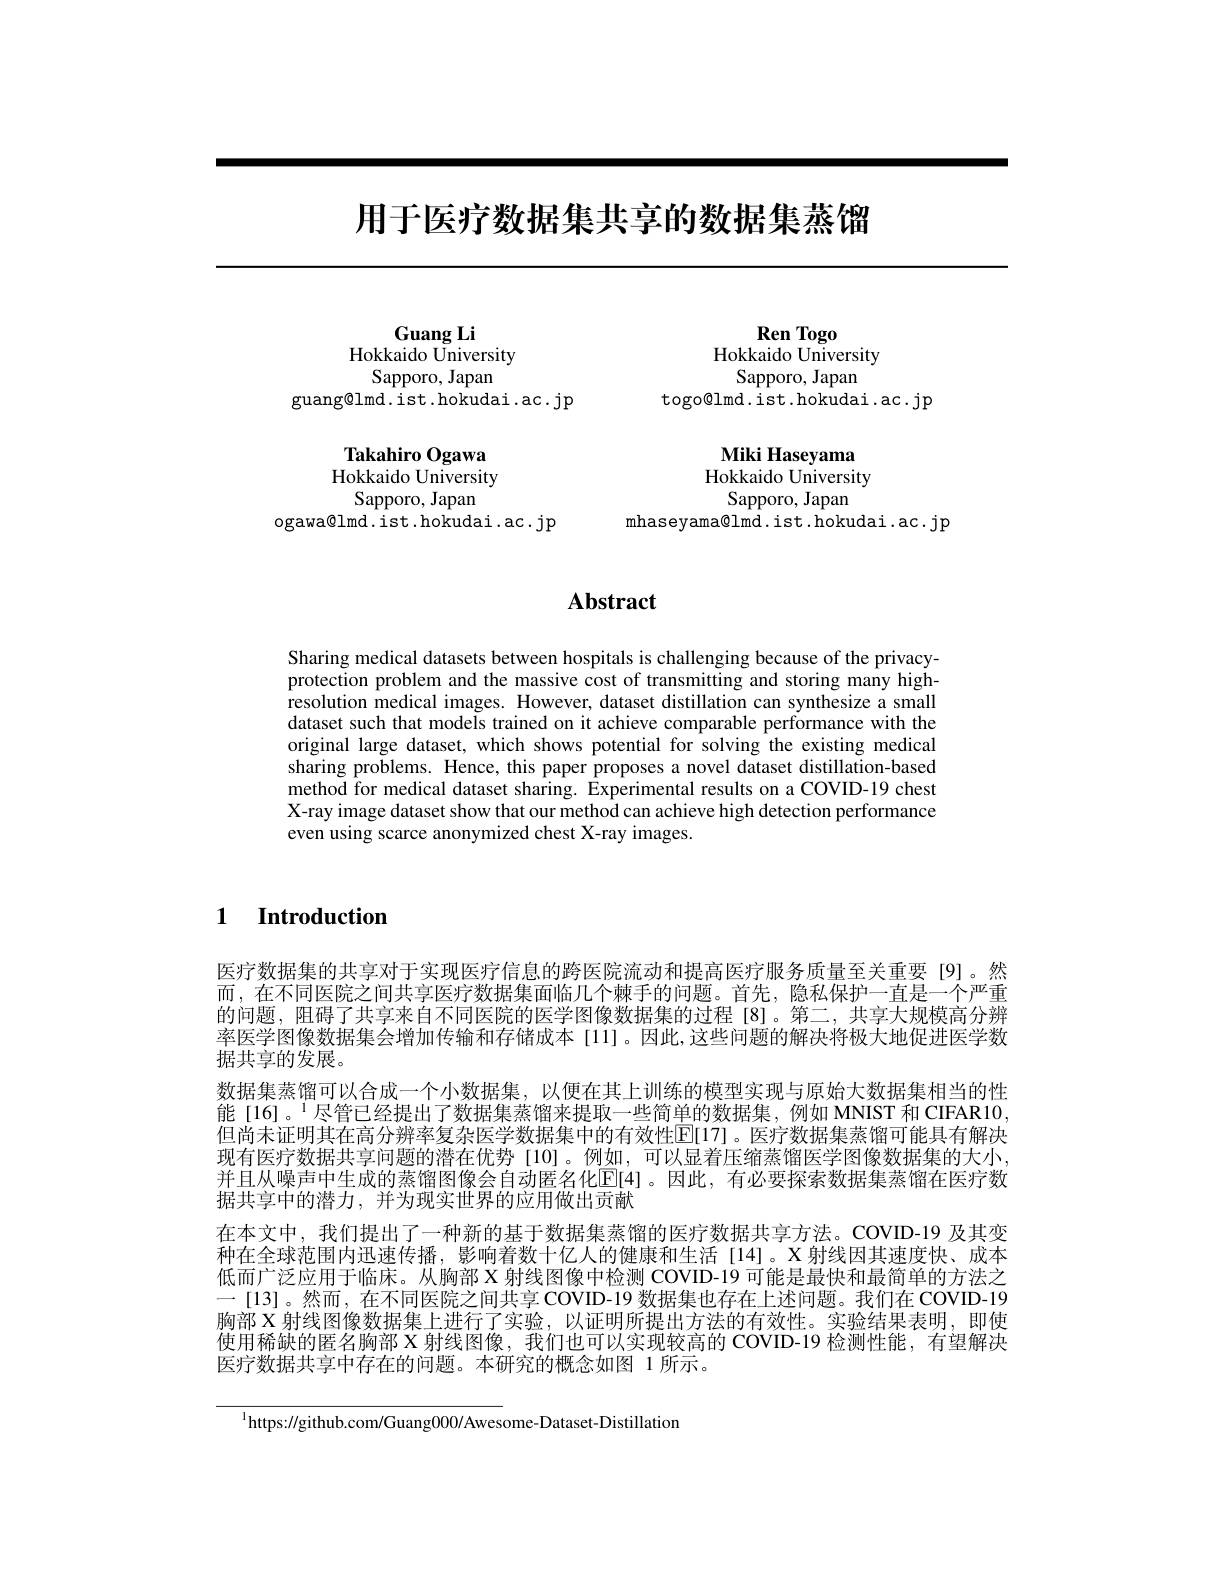
# 用于医疗数据集共享的数据集蒸馏

Guang Li
Hokkaido University
Sapporo, Japan
guang@lmd.ist.hokudai.ac.jp

# Takahiro Ogawa Hokkaido University

Sapporo, Japan
ogawa@lmd.ist.hokudai.ac.jp

Ren Togo
Hokkaido University
Sapporo, Japan
togo@lmd.ist.hokudai.ac.jp

Miki Haseyama Hokkaido University

Sapporo, Japan

mhaseyama@lmd.ist.hokudai.ac.jp

## $\mathbf{Abstract}$

Sharing medical datasets between hospitals is challenging because of the privacyprotection problem and the massive cost of transmitting and storing many highresolution medical images. However, dataset distillation can synthesize a small dataset such that models trained on it achieve comparable performance with the original large dataset, which shows potential for solving the existing medical sharing problems. Hence, this paper proposes a novel dataset distillation-based method for medical dataset sharing. Experimental results on a COVID-19 chest X-ray image dataset show that our method can achieve high detection performance even using scarce anonymized chest X-ray images.

$\textbf{1}$ $\textbf{Introduction}$

医疗数据集的共享对于实现医疗信息的跨医院流动和提高医疗服务质量至关重要[9]。然而，在不同医院之间共享医疗数据集面临几个棘手的问题。首先，隐私保护一直是一个严重的问题，阻碍了共享来自不同医院的医学图像数据集的过程[8]。第二，共享大规模高分辨率医学图像数据集会增加传输和存储成本[11]。因此，这些问题的解决将极大地促进医学数据共享的发展。
数据集蒸馏可以合成一个小数据集，以便在其上训练的模型实现与原始大数据集相当的性能[16]。$^{1}$尽管已经提出了数据集蒸馏来提取一些简单的数据集，例如 MNIST 和 CIFAR10. 但尚未证明其在高分辨率复杂医学数据集中的有效性E[17]。医疗数据集蒸馏可能具有解决现有医疗数据共享问题的潜在优势[10]。例如，可以显着压缩蒸馏医学图像数据集的大小， 并且从噪声中生成的蒸馏图像会自动匿名化$\overline{\mathrm{E}}[4]$。因此，有必要探索数据集蒸馏在医疗数据共享中的潜力，并为现实世界的应用做出贡献
在本文中，我们提出了一种新的基于数据集蒸馏的医疗数据共享方法。COVID-19 及其变种在全球范围内迅速传播，影响着数十亿人的健康和生活[14]。X射线因其速度快、成本低而广泛应用于临床。从胸部 X 射线图像中检测 COVID-19 可能是最快和最简单的方法之一 [13]。然而，在不同医院之间共享 COVID-19 数据集也存在上述问题。我们在 COVID-19胸部 X 射线图像数据集上进行了实验，以证明所提出方法的有效性。实验结果表明，即使使用稀缺的匿名胸部 X 射线图像，我们也可以实现较高的 COVID-19 检测性能，有望解决医疗数据共享中存在的问题。本研究的概念如图 1 所示。

$^{1}$https://github.com/Guang0000/Awesome-Dataset-Distillation